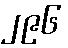
၂၉၆